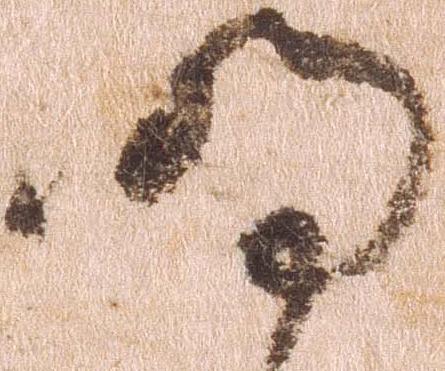
明